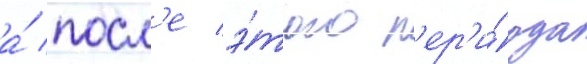
а́ посл'е э́того п'ер'и́ода